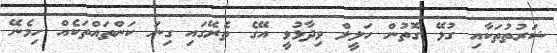
ޝަރުތުތަކާއި ގުޅޭ ގޮތުން ހަލީލް ވިދާޅުވީ އޭގެ ތެރޭގައި ގިނަ ކަންތައްތަކެއް ހިމެނޭ